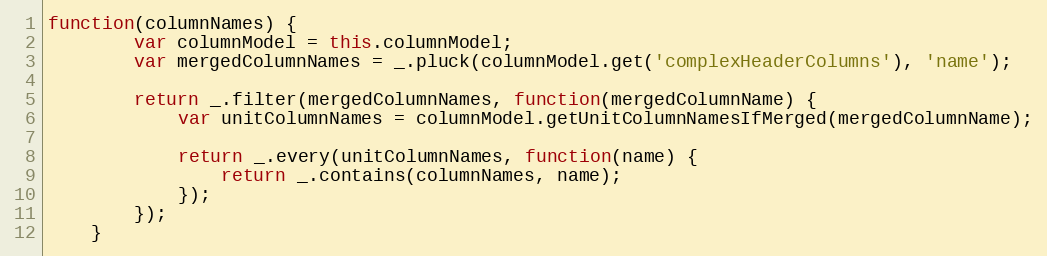
Language: JavaScript
function(columnNames) {
        var columnModel = this.columnModel;
        var mergedColumnNames = _.pluck(columnModel.get('complexHeaderColumns'), 'name');

        return _.filter(mergedColumnNames, function(mergedColumnName) {
            var unitColumnNames = columnModel.getUnitColumnNamesIfMerged(mergedColumnName);

            return _.every(unitColumnNames, function(name) {
                return _.contains(columnNames, name);
            });
        });
    }